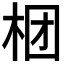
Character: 𣑝